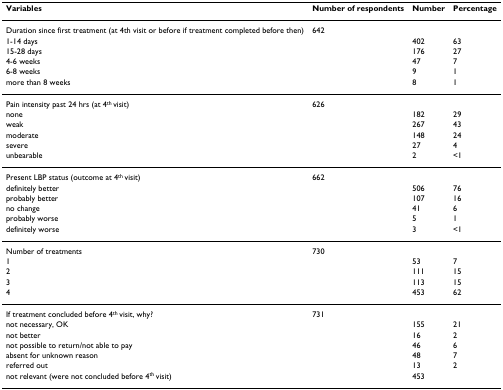
| Variables | Number of respondents | Number | Percentage |
 | --- | --- | --- | --- |
 | Duration since first treatment (at 4th visit or before if treatment completed before then) | 642 |  |  |
 | 1-14 days |  | 402 | 63 |
 | 15-28 days |  | 176 | 27 |
 | 4-6 weeks |  | 47 | 7 |
 | 6-8 weeks |  | 9 | 1 |
 | more than 8 weeks |  | 8 | 1 |
 | Pain intensity past 24 hrs (at 4th visit) | 626 |  |  |
 | none |  | 182 | 29 |
 | weak |  | 267 | 43 |
 | moderate |  | 148 | 24 |
 | severe |  | 27 | 4 |
 | unbearable |  | 2 | <1 |
 | Present LBP status (outcome at 4th visit) | 662 |  |  |
 | definitely better |  | 506 | 76 |
 | probably better |  | 107 | 16 |
 | no change |  | 41 | 6 |
 | probably worse |  | 5 | 1 |
 | definitely worse |  | 3 | <1 |
 | Number of treatments | 730 |  |  |
 | 1 |  | 53 | 7 |
 | 2 |  | 111 | 15 |
 | 3 |  | 113 | 15 |
 | 4 |  | 453 | 62 |
 | If treatment concluded before 4th visit, why? | 731 |  |  |
 | not necessary, OK |  | 155 | 21 |
 | not better |  | 16 | 2 |
 | not possible to return/not able to pay |  | 46 | 6 |
 | absent for unknown reason |  | 48 | 7 |
 | referred out |  | 13 | 2 |
 | not relevant (were not concluded before 4th visit) |  | 453 |  |